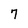
Character: 7